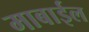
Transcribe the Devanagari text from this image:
माबाईल